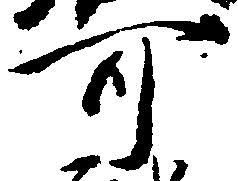
可